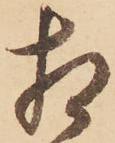
相